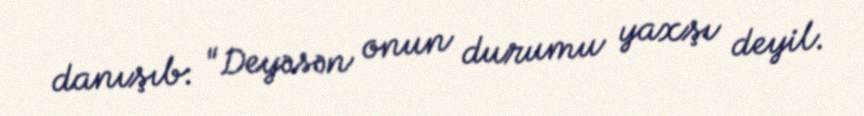
danışıb: "Deyəsən onun durumu yaxşı deyil.